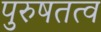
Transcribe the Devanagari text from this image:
पुरुषतत्व